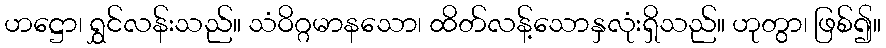
ဟဋ္ဌော၊ ရွှင်လန်းသည်။ သံဝိဂ္ဂမာနသော၊ ထိတ်လန့်သောနှလုံးရှိသည်။ ဟုတွာ၊ ဖြစ်၍။